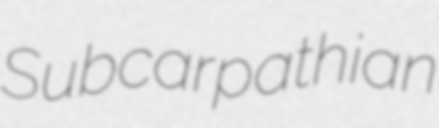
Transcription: Subcarpathian